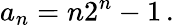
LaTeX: a_{n}=n2^{n}-1\, .